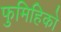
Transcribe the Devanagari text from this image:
फुमिहिको